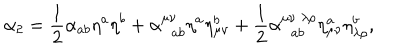
\alpha _ { 2 } = \frac { 1 } { 2 } \alpha _ { a b } \eta ^ { a } \eta ^ { b } + \alpha _ { \; \; a b } ^ { \mu \nu } \eta ^ { a } \eta _ { \mu \nu } ^ { b } + \frac { 1 } { 2 } \alpha _ { \; \; a b } ^ { \mu \nu \; \lambda \rho } \eta _ { \mu \nu } ^ { a } \eta _ { \lambda \rho } ^ { b } ,